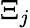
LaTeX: \Xi_{j}